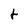
Character: t